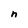
Character: n